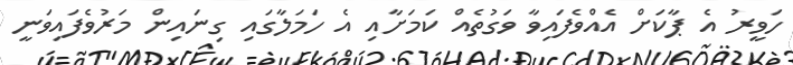
ހަވީރު އެ ޕާކަށް އެއްވެފައިވާ ވަގުތެއް ކަމަށާއި އެ ހަމަލާގައި ގިނައިން މަރުވެފައިވަނީ